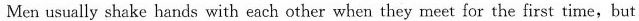
Men usually shake hands with each other when they meet for the first time,but